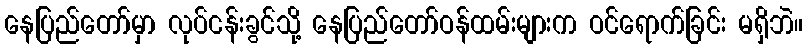
နေပြည်တော်မှာ လုပ်ငန်းခွင်သို့ နေပြည်တော်ဝန်ထမ်းများက ဝင်ရောက်ခြင်း မရှိဘဲ။